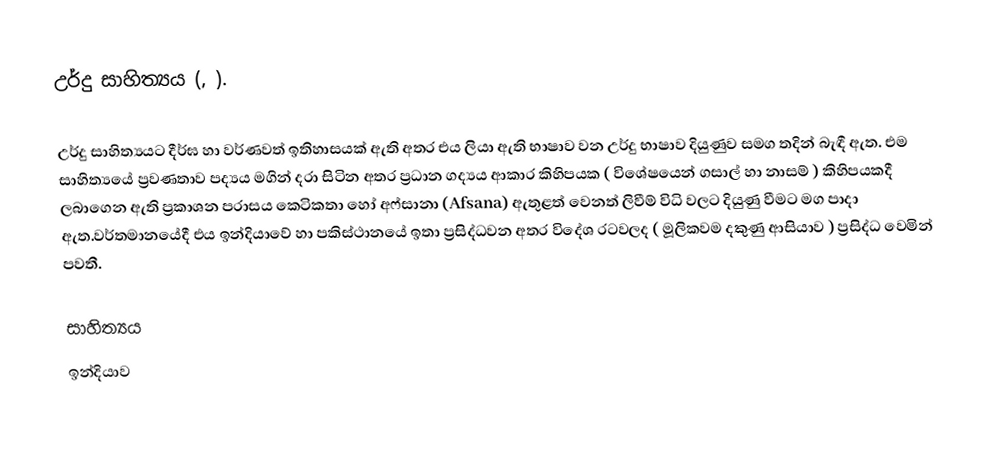
උර්දු සාහිත්‍යය (, ).

උර්දු සාහිත්‍යයට දීර්ඝ හා වර්ණවත් ඉතිහාසයක් ඇති අතර එය ලියා ඇති භාෂාව වන උර්දු භාෂාව දියුණුව සමග තදින් බැඳී ඇත. එම සාහිත්‍යයේ ප්‍රවණතාව පද්‍යය මගින් දරා සිටින අතර ප්‍රධාන ගද්‍යය ආකාර කිහිපයක ( විශේෂයෙන් ගසාල් හා නාසම් )  කිහිපයකදී ලබාගෙන ඇති ප්‍රකාශන පරාසය කෙටිකතා හෝ අෆ්සානා (Afsana) ඇතුළත් වෙනත් ලිවීම් විධි වලට දියුණු වීමට මග පාදා ඇත.වර්තමානයේදී එය ඉන්දියාවේ හා පකිස්ථානයේ ඉතා ප්‍රසිද්ධවන අතර විදේශ රටවලද  ( මූලිකවම දකුණු ආසියාව ) ප්‍රසිද්ධ වෙමින් පවතී.

සාහිත්‍යය
ඉන්දියාව